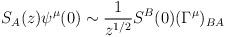
LaTeX: \begin{align*}S_A(z)\psi^\mu(0)\sim {\frac{1}{ z^{1/2}}}S^{B}(0)(\Gamma^\mu)_{BA}\end{align*}